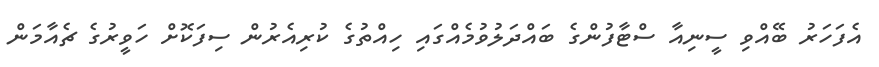
އެފަހަރު ބޭއްވި ސީނިއާ ސްޓާފުންގެ ބައްދަލުވުމެއްގައި ހިއްތުގެ ކުުރިއެރުން ސިފަކޮށް ހަވީރުގެ ޗެއާމަން